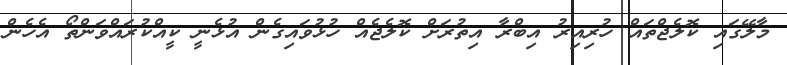
މާލޭގައި ކޮލެޖްތައް ހުރިއިރު އިބްރާ އިތުރަށް ކޮލެޖެއް ހުޅުވައިގެން އުޅެނީ ކީއްކުރައްވަންތޯ އެހެން